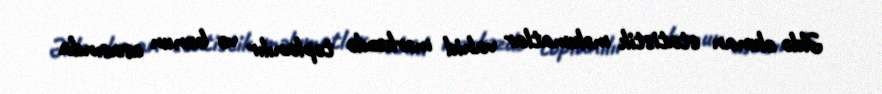
Əldə olunan statistik məlumatlar vahid mərkəzdə toplanılır və bunun əsasında